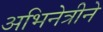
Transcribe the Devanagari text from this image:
अभिनेत्रीने